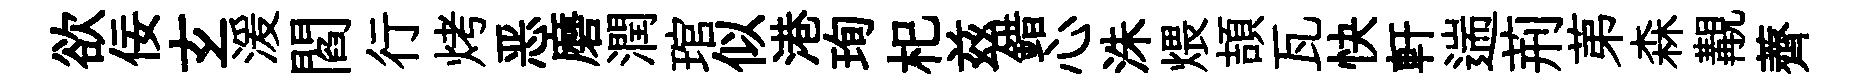
欲佞𤣥湲閻行烤恶磨潤琯似港珣𣏌兹錯心洙煨頡瓦快軒遄荊苐森覯薺